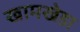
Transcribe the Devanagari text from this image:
खामखेडा